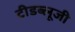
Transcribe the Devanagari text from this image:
टीडब्लूजी